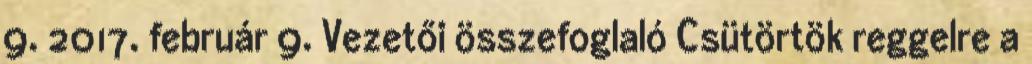
9. 2017. február 9. Vezetői összefoglaló Csütörtök reggelre a